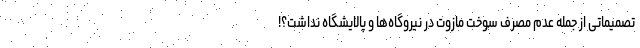
تصمیماتی از جمله عدم مصرف سوخت مازوت در نیروگاه‌ها و پالایشگاه نداشت؟!